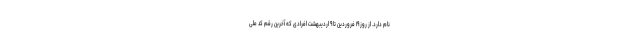
نام دارد. از روز ۱۹ فروردین تا ۹ اردیبهشت افرادی که آخرین رقم کد ملی